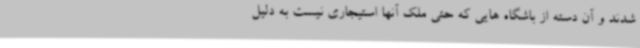
شدند و آن دسته از باشگاه هایی که حتی ملک آنها استیجاری نیست به دلیل